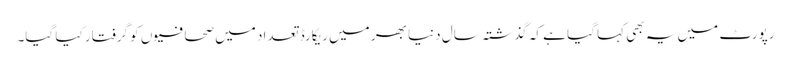
رپورٹ میں یہ بھی کہا گیا ہے کہ گذشتہ سال دنیا بھر میں ریکارڈ تعداد میں صحافیوں کو گرفتار کیا گیا۔